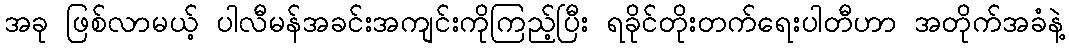
အခု ဖြစ်လာမယ့် ပါလီမန်အခင်းအကျင်းကိုကြည့်ပြီး ရခိုင်တိုးတက်ရေးပါတီဟာ အတိုက်အခံနဲ့